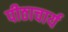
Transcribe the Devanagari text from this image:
पीठाचार्य